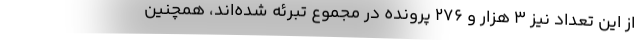
از این تعداد نیز ۳ هزار و ۲۷۶ پرونده در مجموع تبرئه شده‌اند، همچنین